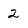
Character: 2